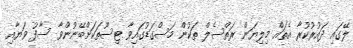
ލޭގައި ދައުރުކުރާ އެތައް މިލިޔަން ރަތްސެލް ތަކުން މަސްގަޑުގައިވާ ޓިސޫތަކަށްބޭނުންވާ ސާފު ވަޔާއި